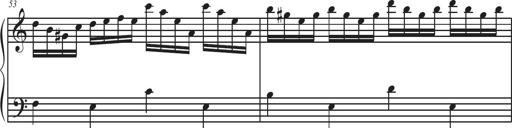
Title: Sonatina Espania
Composer: Jerald Franklin Archer
Key: Various